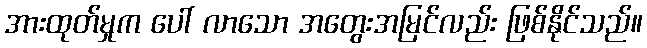
အားထုတ်မှုက ပေါ် လာသော အတွေးအမြင်လည်း ဖြစ်နိုင်သည်။